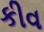
કીવ